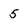
Character: 5